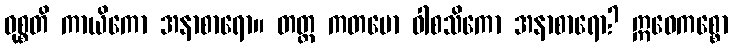
ဝုစ္စတိ ကာယိကော အနာစာရော။ တတ္ထ ကတမော ဝါစသိကော အနာစာရော? ဣဓေကစ္စော